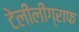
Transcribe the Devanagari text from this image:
टेलीलीग्राफ